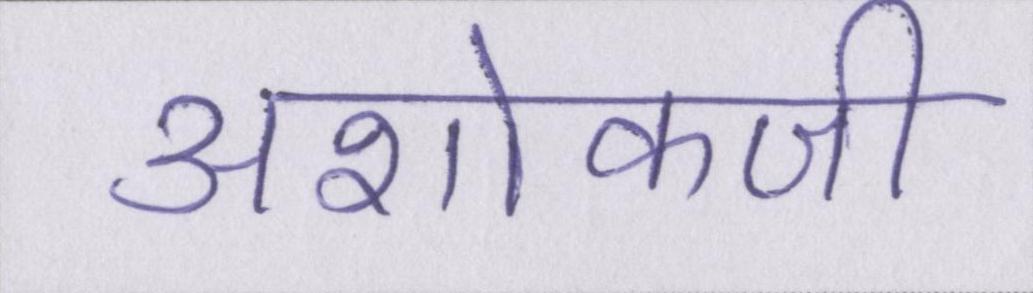
अशोकजी